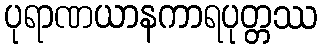
ပုရာဏယာနကာရပုတ္တဿ